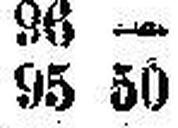
95 50